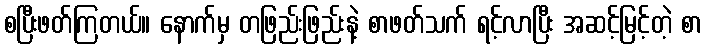
စပြီးဖတ်ကြတယ်။ နောက်မှ တဖြည်းဖြည်းနဲ့ စာဖတ်သက် ရင့်လာပြီး အဆင့်မြင့်တဲ့ စာ